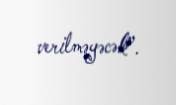
verilməyəcək”.